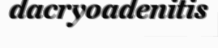
dacryoadenitis